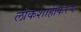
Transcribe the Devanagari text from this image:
लोकशाहीकरण